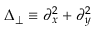
\Delta _ { \perp } \equiv \partial _ { x } ^ { 2 } + \partial _ { y } ^ { 2 }